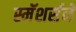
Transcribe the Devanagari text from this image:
स्मॅशर्सने